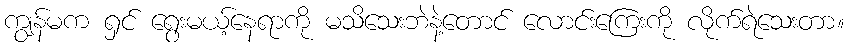
ကျွန်မက ရှင် ရွေးမယ့်နေရာကို မသိသေးဘဲနဲ့တောင် လောင်းကြေးကို လိုက်ရဲသေးတာ။